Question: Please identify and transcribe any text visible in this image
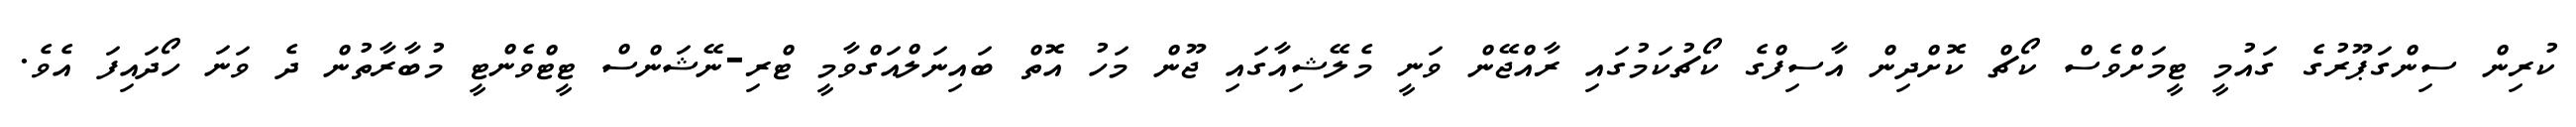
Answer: ކުރިން ސިންގަޕޫރުގެ ގައުމީ ޓީމަށްވެސް ކޯޗް ކޮށްދިން އާސިފްގެ ކޯޗުކަމުގައި ރާއްޖޭން ވަނީ މެލޭޝިއާގައި ޖޫން މަހު އޮތް ބައިނަލްއަގްވާމީ ޓްރި-ނޭޝަންސް ޓީޓްވެންޓީ މުބާރާތުން ދެ ވަނަ ހޯދައިފަ އެވެ.